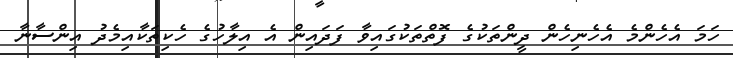
ހަމަ އެހެންމެ އެހެނިހެން ދީންތަކުގެ ފޮތްތަކުގައިވާ ފަދައިން އެ އިލާހުގެ ހެކިތަކާއިމެދު އިންސާނާ